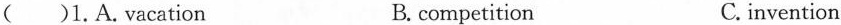
( )1.A.vacation B. competition C.invention